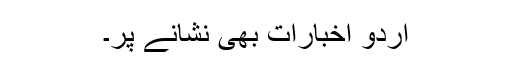
اُردو اخبارات بھی نشانے پر۔